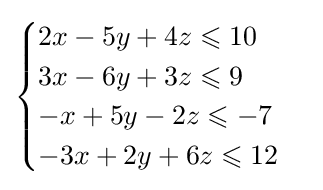
{\begin{cases}2x-5y+4z\leqslant 10\\3x-6y+3z\leqslant 9\\-x+5y-2z\leqslant -7\\-3x+2y+6z\leqslant 12\\\end{cases}}